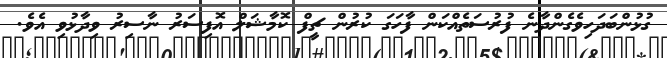
ގުޅުންބަދަހިވެގެންދާނެ ފުރުސަތެއްކަން ފާހަގަ ކުރުން ޗީފް ކޮމާޝަލް އޮފިސަރު ނާސިރު ވިދާޅުވި އެވެ.